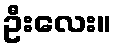
ဦးလေး။